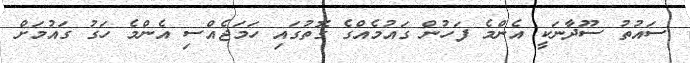
ސައުތު ސޫދާނަކީ އެންމެ ފަހުން ގައުމެއްގެ ގޮތުގައި ހަމަޖެއްސި އެންމެ ހަގު ގައުމަށް